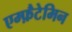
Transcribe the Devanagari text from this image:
एम्फ़ैटेमिन